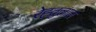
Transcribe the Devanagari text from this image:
रेह्तुलाल